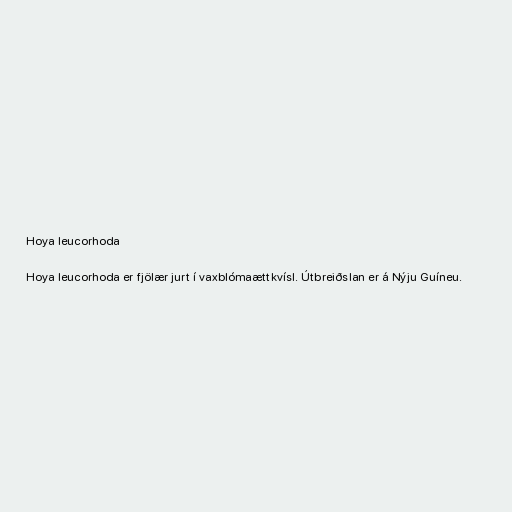
Hoya leucorhoda

Hoya leucorhoda er fjölær jurt í vaxblómaættkvísl. Útbreiðslan er á Nýju Guíneu.